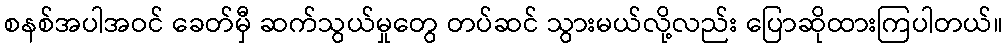
စနစ်အပါအဝင် ခေတ်မှီ ဆက်သွယ်မှုတွေ တပ်ဆင် သွားမယ်လို့လည်း ပြောဆိုထားကြပါတယ်။